Scottish Certificate of Education, 1962
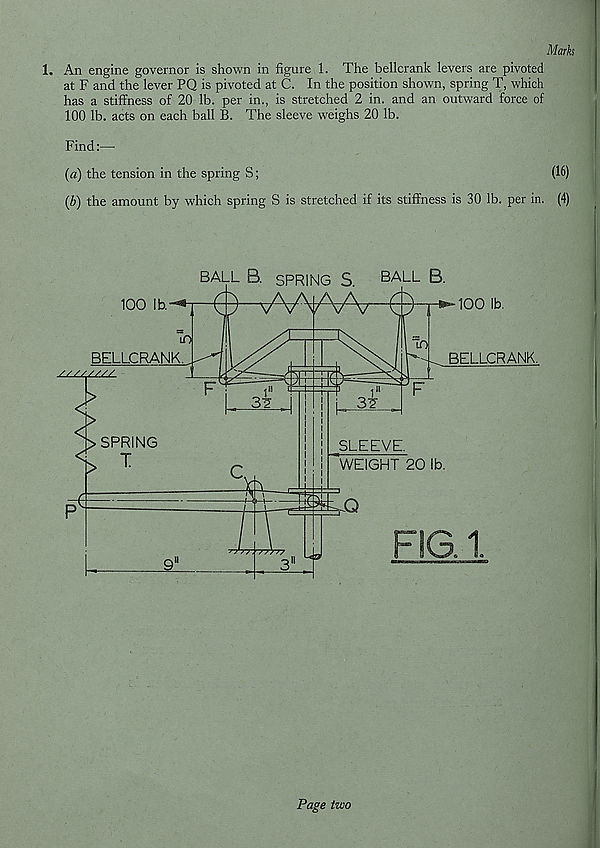
Marks
1. An engine governor is shown in figure 1. The bellcrank levers are pivoted
at F and the lever PQ is pivoted at C. In the position shown, spring T, which
has a stiffness of 20 lb. per in., is stretched 2 in. and an outward force of
100 lb. acts on each ball B. The sleeve weighs 20 lb.
Find:—
(a) the tension in the spring S;
(16)
(b) the amount by which spring S is stretched if its stiffness is 30 lb. per in. (4)
Page two